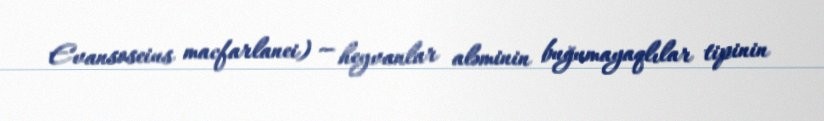
Evansoseius macfarlanei) — heyvanlar aləminin buğumayaqlılar tipinin